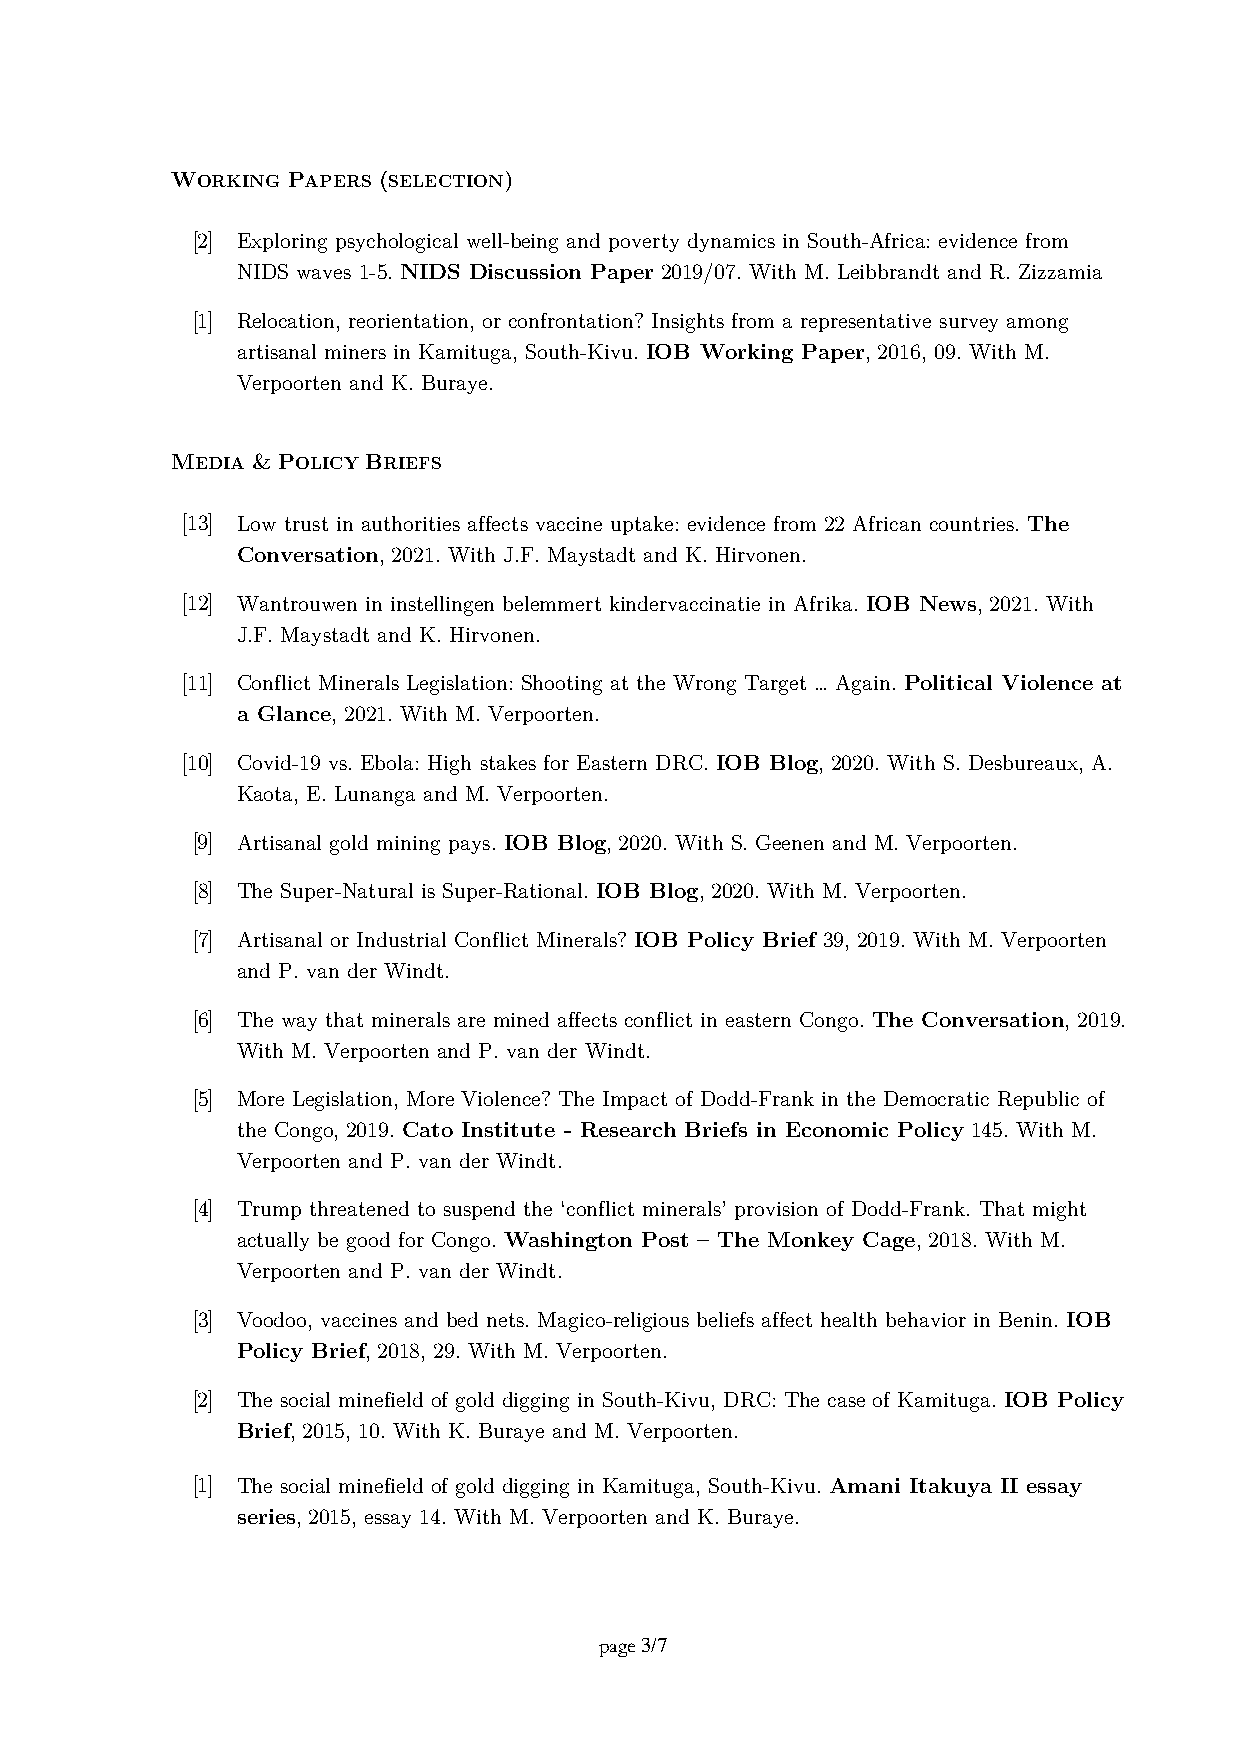
WORKING PAPERS (SELECTION)
 [2] Exploring psychological well-being and poverty dynamics in South-Africa: evidence from
 NIDS waves 1-5. NIDS Discussion Paper 2019/07. With M. Leibbrandt and R. Zizzamia
 [1] Relocation, reorientation, or confrontation? Insights from a representative survey among
 artisanal miners in Kamituga, South-Kivu. IOB Working Paper, 2016, 09. With M.
 Verpoorten and K. Buraye.
 MEDIA & POLICY BRIEFS
 [13] Low trust in authorities affects vaccine uptake: evidence from 22 African countries. The
 Conversation, 2021. With J.F. Maystadt and K. Hirvonen.
 [12] Wantrouwen in instellingen belemmert kindervaccinatie in Afrika. IOB News, 2021. With
 J.F. Maystadt and K. Hirvonen.
 [11] Conflict Minerals Legislation: Shooting at the Wrong Target … Again. Political Violence at
 a Glance, 2021. With M. Verpoorten.
 [10] Covid-19 vs. Ebola: High stakes for Eastern DRC. IOB Blog, 2020. With S. Desbureaux, A.
 Kaota, E. Lunanga and M. Verpoorten.
 [9] Artisanal gold mining pays. IOB Blog, 2020. With S. Geenen and M. Verpoorten.
 [8] The Super-Natural is Super-Rational. IOB Blog, 2020. With M. Verpoorten.
 [7] Artisanal or Industrial Conflict Minerals? IOB Policy Brief 39, 2019. With M. Verpoorten
 and P. van der Windt.
 [6] The way that minerals are mined affects conflict in eastern Congo. The Conversation, 2019.
 With M. Verpoorten and P. van der Windt.
 [5] More Legislation, More Violence? The Impact of Dodd-Frank in the Democratic Republic of
 the Congo, 2019. Cato Institute - Research Briefs in Economic Policy 145. With M.
 Verpoorten and P. van der Windt.
 [4] Trump threatened to suspend the ‘conflict minerals’ provision of Dodd-Frank. That might
 actually be good for Congo. Washington Post – The Monkey Cage, 2018. With M.
 Verpoorten and P. van der Windt.
 [3] Voodoo, vaccines and bed nets. Magico-religious beliefs affect health behavior in Benin. IOB
 Policy Brief, 2018, 29. With M. Verpoorten.
 [2] The social minefield of gold digging in South-Kivu, DRC: The case of Kamituga. IOB Policy
 Brief, 2015, 10. With K. Buraye and M. Verpoorten.
 [1] The social minefield of gold digging in Kamituga, South-Kivu. Amani Itakuya II essay
 series, 2015, essay 14. With M. Verpoorten and K. Buraye.
 page 3/7